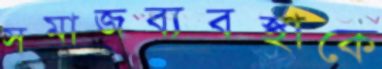
সমাজব্যবস্থাকে